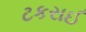
ટકરાઈ